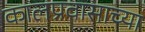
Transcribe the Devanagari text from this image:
कालप्रवासाच्या